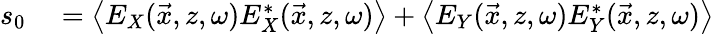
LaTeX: \begin{array}{rl}{s_{0}}&{{}=\left\langle E_{X}(\vec{x},z,\omega)E_{X}^{*}(\vec{x},z,\omega)\right\rangle+\left\langle E_{Y}(\vec{x},z,\omega)E_{Y}^{*}(\vec{x},z,\omega)\right\rangle}\end{array}